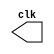
// -------------------------
// clock2  
// Nome: Rodrigo Arruda de Assis 

// ------------------------- 
// --------------------------- 
// -- test clock generator (1) 
// --------------------------- 
	module clock ( clk ); 
	output clk; 
	reg clk; 

initial 
	begin 
		clk = 1'b0; 
	end 
		always 
	begin 
		#36 clk = ~clk; 
	end 
		endmodule // clock ( ) 
		module clock2; 
		wire clk; 
		clock CLK1 ( clk ); 
initial begin 
		$dumpfile ( "clock2.vcd" ); 
		$dumpvars; 
	#120 $finish; 
end 
endmodule // clock2 ( )